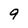
Character: 9